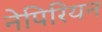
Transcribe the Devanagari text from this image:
नेपिरियन